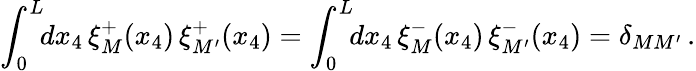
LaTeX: \int_{0}^{L}\! \! dx_{4}\, \xi_{M}^{+}(x_{4})\, \xi_{M^{\prime}}^{+}(x_{4})=\int_{0}^{L}\! \! dx_{4}\, \xi_{M}^{-}(x_{4})\, \xi_{M^{\prime}}^{-}(x_{4})=\delta_{MM^{\prime}}\, .